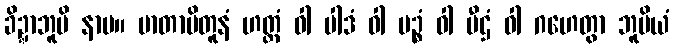
ခိဍ္ဍာဘူမိ နာမ။ မာတာပိတူနံ ဟတ္ထံ ဝါ ပါဒံ ဝါ မဉ္စံ ဝါ ပီဌံ ဝါ ဂဟေတွာ ဘူမိယံ